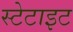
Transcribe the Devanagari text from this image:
स्टेटाइट